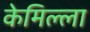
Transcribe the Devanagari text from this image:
केमिल्ला